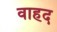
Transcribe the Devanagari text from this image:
वाहद